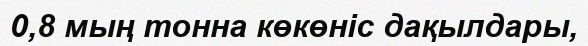
0,8 мың тонна көкөніс дақылдары,